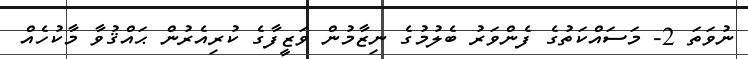
ނުވަތަ 2- މަސައްކަތުގެ ފެންވަރު ބެލުމުގެ ނިޒާމުން ވަޒީފާގެ ކުރިއެރުން ޙައްޤުވާ މާކުހެއް